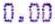
0.00